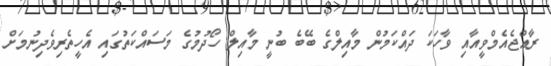
ރާއްޖެއެމްވީއާއި ވާހަކަ ދައްކަމުން މާއިލްގެ ބޭބެ ބުނީ މާއިލް ހޯދުމުގެ މަސައްކަތުގައި އެހީތެރިވެދިނުމަށް